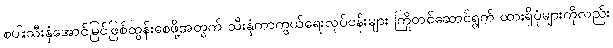
စပါးသီးနှံအောင်မြင်ဖြစ်ထွန်းစေဖို့အတွက် သီးနှံကာကွယ်ရေးလုပ်ငန်းများ ကြိုတင်ဆောင်ရွက် ထားရှိပုံများကိုလည်း